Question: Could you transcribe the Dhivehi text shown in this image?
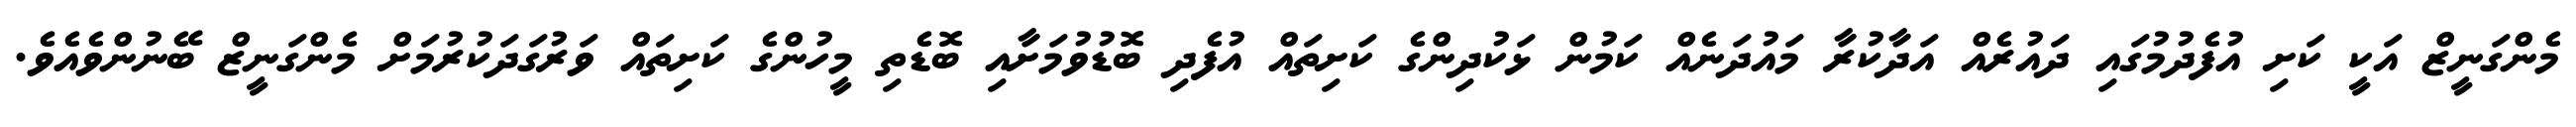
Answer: މެންގަނީޒް އަކީ ކަށި އުފެދުމުގައި ދައުރެއް އަދާކުރާ މައުދަނެއް ކަމުން ޅަކުދިންގެ ކަށިތައް އުފެދި ބޮޑުވުމަށާއި ބޮޑެތި މީހުންގެ ކަށިތައް ވަރުގަދަކުރުމަށް މެންގަނީޒް ބޭނުންވެއެވެ.